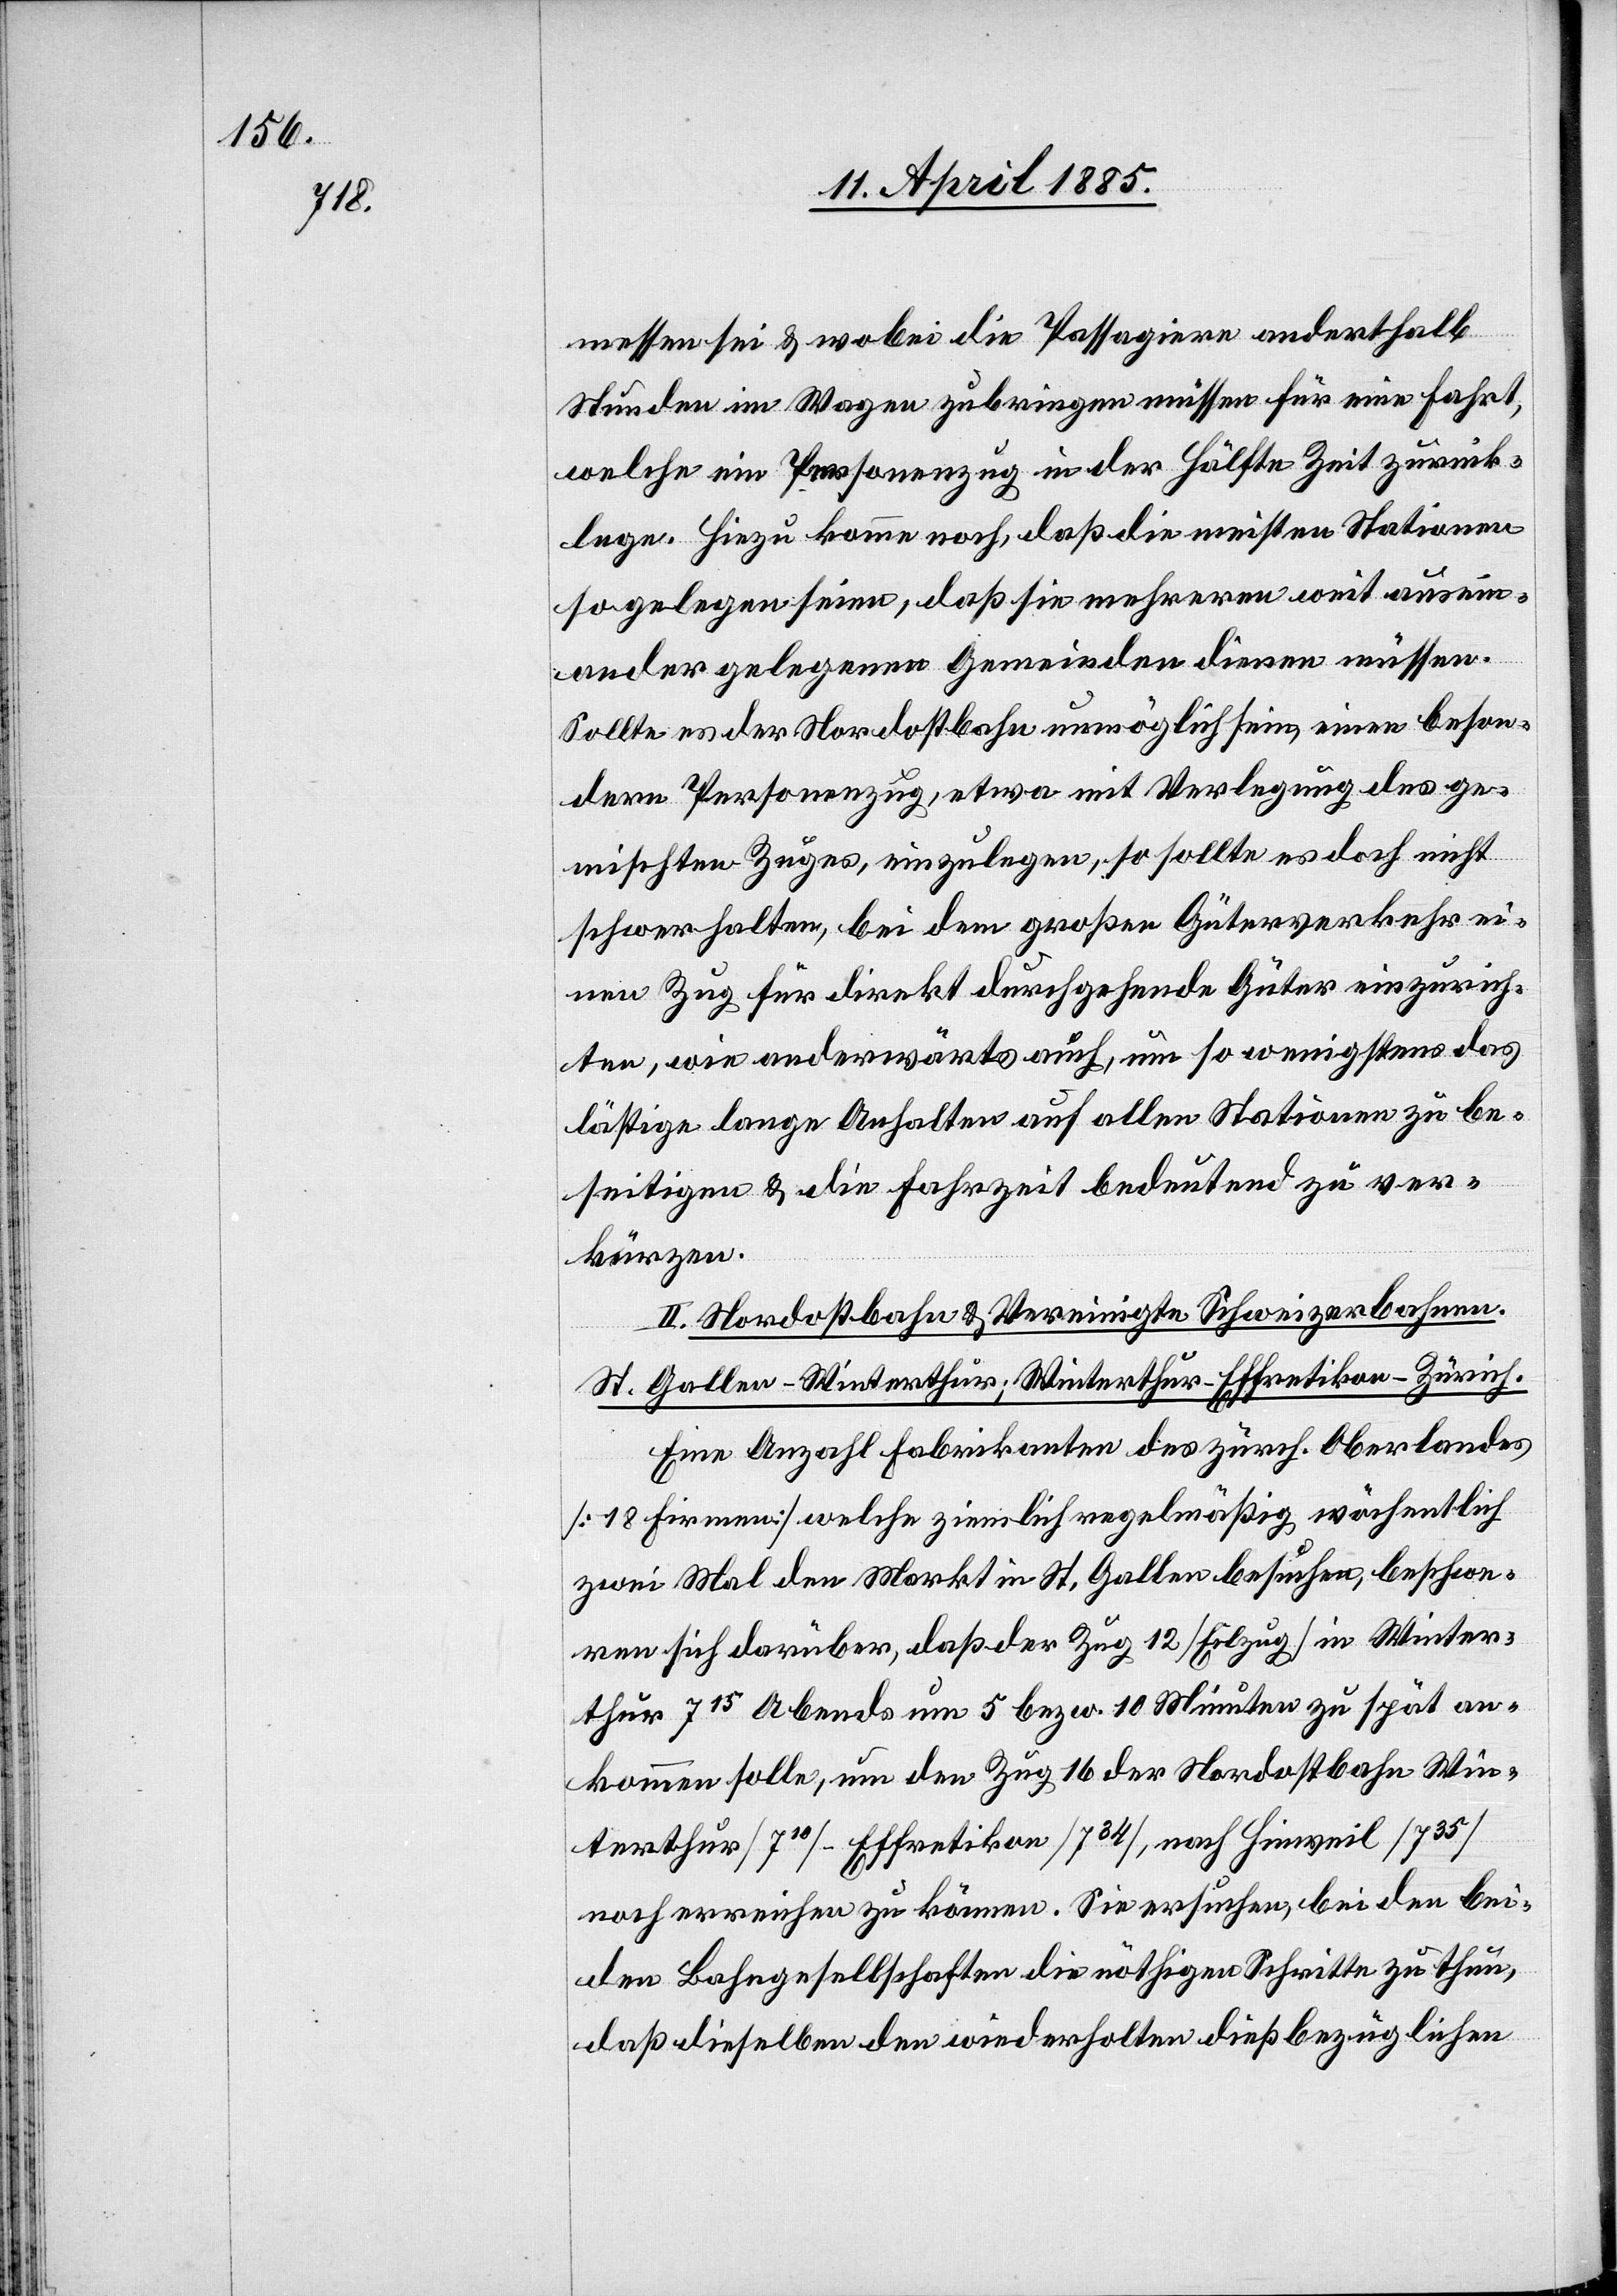
messen sei & wobei die Passagiere anderthalb
Stunden im Wagen zubringen müssen für eine Fahrt,
welche ein Personenzug in der Hälfte Zeit zurück¬
lege. Hiezu komme noch, daß die meisten Stationen
so gelegen seien, daß sie mehreren weit ausein¬
ander gelegenen Gemeinden dienen müssen.
Sollte es der Nordostbahn unmöglich sein, einen beson¬
dern Personenzug, etwa mit Verlegung des ge¬
mischten Zuges, einzulegen, so sollte es doch nicht
schwer halten, bei dem großen Güterverkehr ei¬
nen Zug für direkt durchgehende Güter einzurich¬
ten, wie anderwärts auch, um so wenigstens das
lästige lange Anhalten auf allen Stationen zu be¬
seitigen & die Fahrzeit bedeutend zu ver¬
kürzen.
II. Nordostbahn & Vereinigte Schweizerbahnen.
St. Gallen–Winterthur; Winterthur–Effretikon–Zürich.
Eine Anzahl Fabrikanten des zürch. Oberlandes
[18 Firmen] welche ziemlich regelmäßig wöchentlich
zwei Mal den Markt in St. Gallen besuchen, beschwe¬
ren sich darüber, daß der Zug 12 [Eilzug] in Winter¬
thur 715 Abends um 5 bezw. 10 Minuten zu spät an¬
kommen solle, um den Zug 16 der Nordostbahn Win¬
terthur– [710] Effretikon [734], nach Hinweil [735]
noch erreichen zu können. Sie ersuchen, bei den bei¬
den Bahngesellschaften die nöthigen Schritte zu thun,
daß dieselben den wiederholten dießbezüglichen